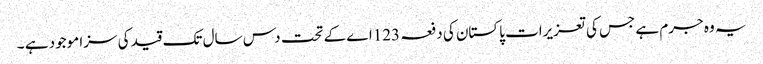
یہ وہ جرم ہے جس کی تعزیرات پاکستان کی دفعہ 123اے کے تحت دس سال تک قید کی سزا موجود ہے ۔